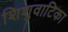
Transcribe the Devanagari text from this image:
शिशुवाटिका